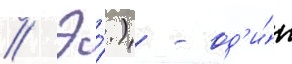
// Э́.) - од'и́н